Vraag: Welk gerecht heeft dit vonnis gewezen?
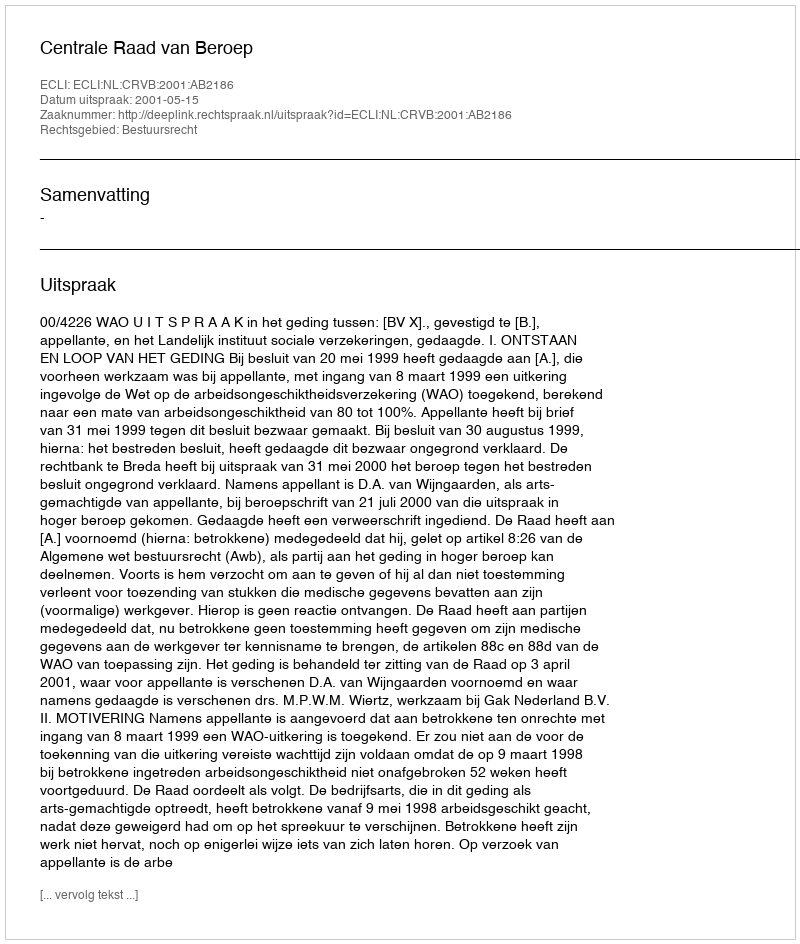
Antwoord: Centrale Raad van Beroep